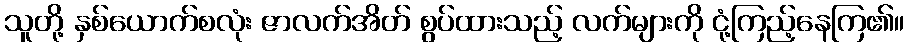
သူတို့ နှစ်ယောက်စလုံး ဇာလက်အိတ် စွပ်ထားသည့် လက်များကို ငုံ့ကြည့်နေကြ၏။